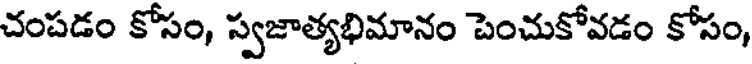
చంపడం కోసం, స్వజాత్యభిమానం పెంచుకోవడం కోసం,